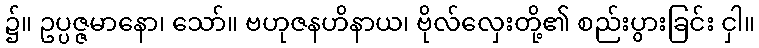
၌။ ဥပ္ပဇ္ဇမာနော၊ သော်။ ဗဟုဇနဟိနာယ၊ ဗိုလ်လှေးတို့၏ စည်းပွားခြင်း ငှါ။